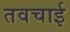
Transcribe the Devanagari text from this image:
तवचाई